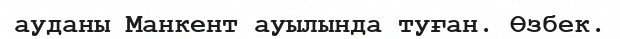
ауданы Манкент ауылында туған. Өзбек.